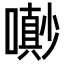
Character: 𡂌